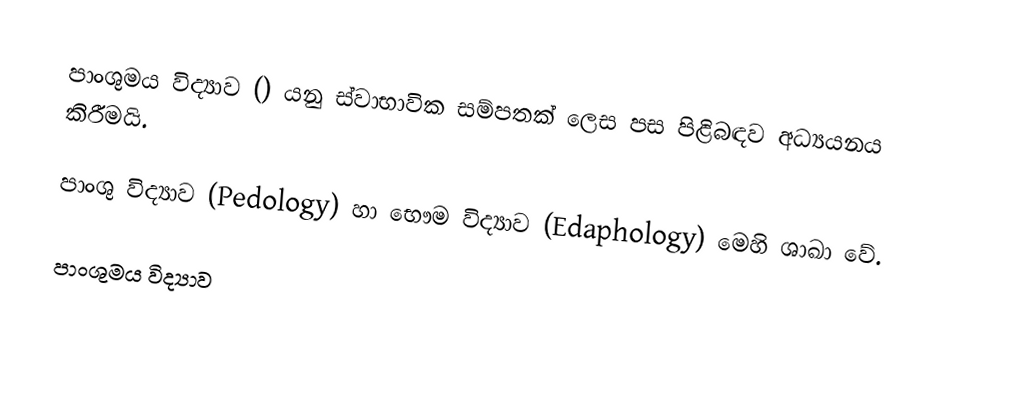
පාංශුමය විද්‍යාව () යනු ස්වාභාවික සම්පතක් ලෙස පස පිළිබඳව අධ්‍යයනය කිරීමයි.

පාංශු විද්‍යාව (Pedology) හා භෞම විද්‍යාව (Edaphology) මෙහි ශාඛා වේ.

පාංශුමය විද්‍යාව